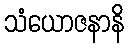
သံယောဇနာနိ